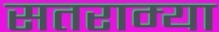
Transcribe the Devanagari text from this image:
सतराम्या